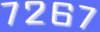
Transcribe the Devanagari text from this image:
७२६७